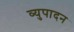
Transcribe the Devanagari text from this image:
व्युपादन